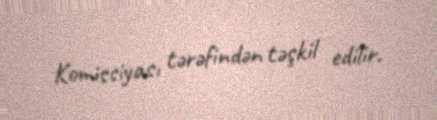
Komissiyası tərəfindən təşkil edilir.